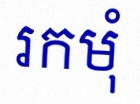
រកមុំ